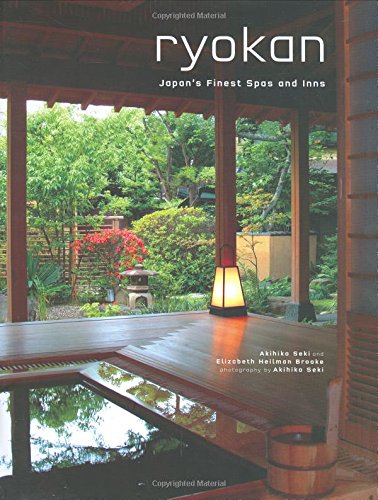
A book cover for Ryokan: Japan's Finest Spas and Inns; Akihiko Seki; Travel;